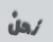
نحن